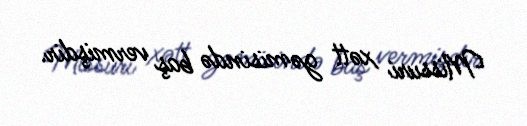
Missuri xətt gəmisində baş vermişdir.